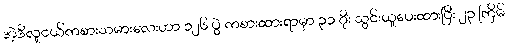
အဲ့ဒီလူငယ်ကစားသမားလေးဟာ ၁၂၆ ပွဲ ကစားထားရာမှာ ၃၁ ဂိုး သွင်းယူပေးထားပြီး ၂၃ ကြိမ်